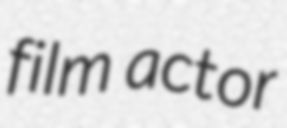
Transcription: film actor